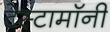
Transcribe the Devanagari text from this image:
टेस्टामॉनी